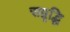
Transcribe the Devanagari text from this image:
सम्रृद्धि